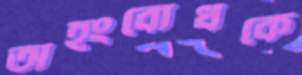
অহংবোধকে